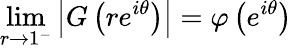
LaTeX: \operatorname*{lim}_{r\to 1^{-}}\left|G\left(re^{i\theta}\right)\right|=\varphi\left(e^{i\theta}\right)